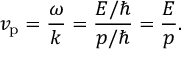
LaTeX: v _ { \mathrm { p } } = { \frac { \omega } { k } } = { \frac { E / \hbar } { p / \hbar } } = { \frac { E } { p } } .